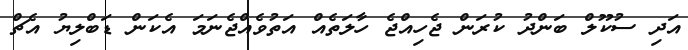
އަދި ސުކޫލް ބަންދު ކުރަން ޖެހިއްޖެ ހާލަތެއް އަތުވެއްޖެނަމަ އެކަން ޑަބްލިޔު އެޗް